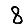
Digit: 8